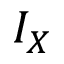
I _ { X }